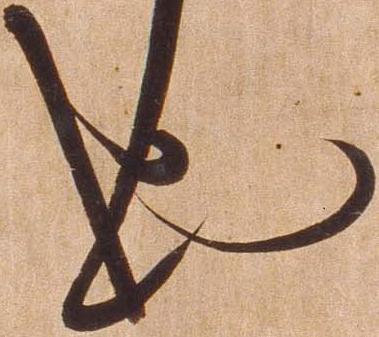
也